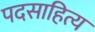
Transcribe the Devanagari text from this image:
पदसाहित्य